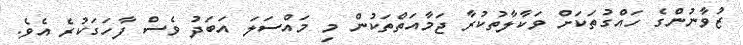
ޒުވާނުންގެ ހައްގުތަކަށް ވަކާލާތުކުރާ ޖަމާއަތްތަކުން މި މައްސަލަ އަބަދު ވެސް ފާހަގަކުރެ އެވެ.